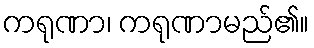
ကရုဏာ၊ ကရုဏာမည်၏။